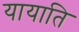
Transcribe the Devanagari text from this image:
यायाति